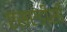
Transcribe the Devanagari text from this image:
एसएडीसी